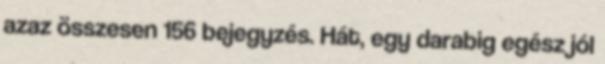
azaz összesen 156 bejegyzés. Hát, egy darabig egész jól